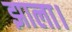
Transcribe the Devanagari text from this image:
झाला।